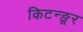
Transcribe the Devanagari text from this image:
किटन्ङूर